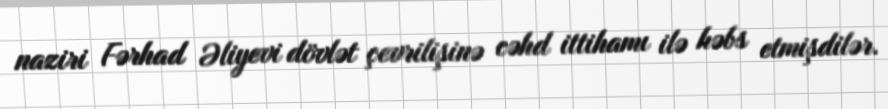
naziri Fərhad Əliyevi dövlət çevrilişinə cəhd ittihamı ilə həbs etmişdilər.